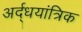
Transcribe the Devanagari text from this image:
अर्द्धयांत्रिक